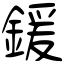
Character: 鍰